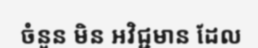
ចំនួន មិន អវិជ្ជមាន ដែល